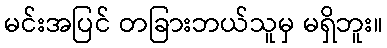
မင်းအပြင် တခြားဘယ်သူမှ မရှိဘူး။